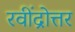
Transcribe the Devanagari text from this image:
रवींद्रोत्तर